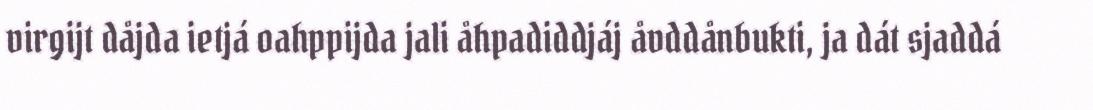
virgijt dåjda ietjá oahppijda jali åhpadiddjáj åvddånbukti, ja dát sjaddá